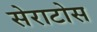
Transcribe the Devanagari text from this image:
सेराटोस